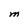
Character: M